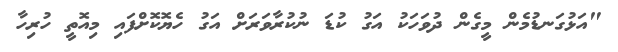
"އަޅުގަނޑުމެން މީގެން ދުވަހަކު އަގު ކުޑަ ނުކުރާވަރަށް އަގު ހެޔޮކޮށްފައި މިއޮތީ ހުރިހާ